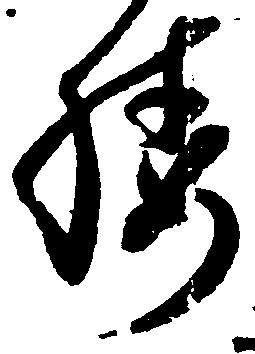
腰